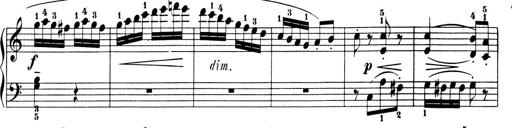
Title: 6 Piano Sonatinas
Composer: Cornelius Gurlitt